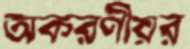
অকরণীয়র